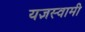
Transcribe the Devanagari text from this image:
यज्ञस्वामी